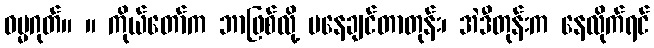
ဓမ္မဂုတ်။ ။ ကိုယ်တော်က ဘာဖြစ်လို့ မနေချင်တာတုန်း၊ အဲဒီတုန်းက နေလိုက်ရင်